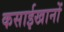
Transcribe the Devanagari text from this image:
कसाईखानों